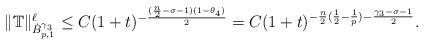
LaTeX: \begin{align*}\|{\mathbb{T}}\|^\ell_{\dot{B}_{p,1}^{\gamma_3}}\le C(1+t)^{-\frac{(\frac n2-\sigma-1)(1-\theta_{4})}{2}}=C(1+t)^{-\frac{n}{2}(\frac 12-\frac 1p)-\frac{\gamma_3-\sigma-1}{2}}.\end{align*}